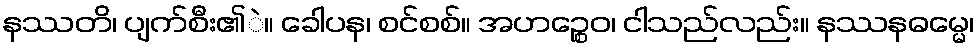
နဿတိ၊ ပျက်စီး၏ဲ။ ခေါပန၊ စင်စစ်။ အဟဉ္စေဝ၊ ငါသည်လည်း။ နဿနဓမ္မေ၊